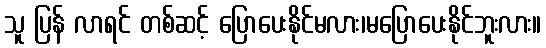
သူ ပြန် လာရင် တစ်ဆင့် ပြောပေးနိုင်မလား၊မပြောပေးနိုင်ဘူးလား။